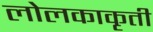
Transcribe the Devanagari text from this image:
लोलकाकृती